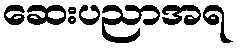
ဆေးပညာအရ